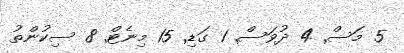
5 މަސް